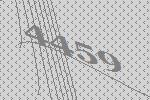
4459